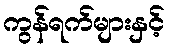
ကွန်ရက်များနှင့်